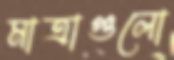
মাত্রাগুলো